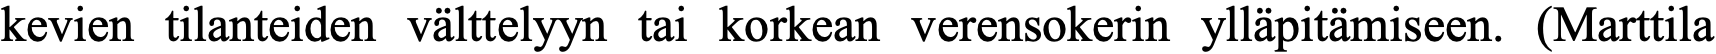
kevien tilanteiden välttelyyn tai korkean verensokerin ylläpitämiseen. (Marttila